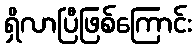
ရှိလာပြီဖြစ်ကြောင်း